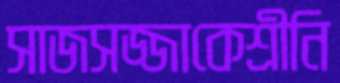
সাজসজ্জাকেশ্রীনি